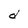
Character: d